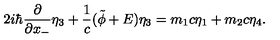
2 i { \hbar } \frac { \partial } { \partial x _ { - } } { \eta } _ { 3 } + \frac { 1 } { c } ( \tilde { \phi } + E ) { \eta } _ { 3 } = m _ { 1 } c { \eta } _ { 1 } + m _ { 2 } c { \eta } _ { 4 } .